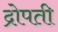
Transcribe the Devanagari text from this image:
द्रोपती